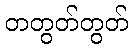
တတွတ်တွတ်